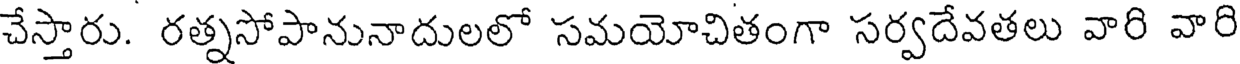
చేస్తారు. రత్నసోపానునాదులలో సమయోచితంగా సర్వదేవతలు వారి వారి